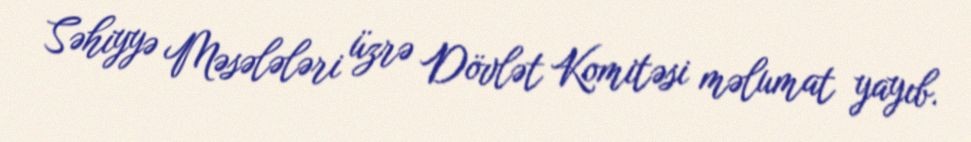
Səhiyyə Məsələləri üzrə Dövlət Komitəsi məlumat yayıb.